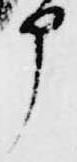
申